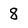
Character: 8